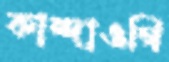
কান্দাওগি